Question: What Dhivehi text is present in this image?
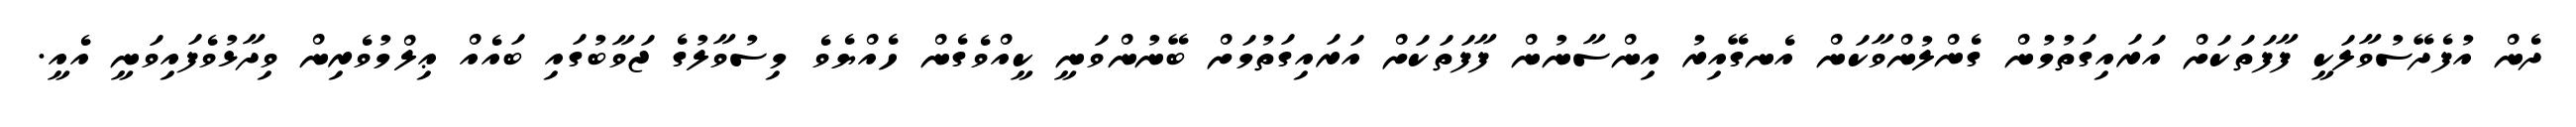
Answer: ދެން އުފެދޭސުވާލަކީ ފާފަތަކަށް އަރައިގަތުމުން ގެންލުންވާކަން އެނގޭއިރު އިންސާނުން ފާފަތަކަށް އަރައިގަތުމަށް ބޭނުންވަނީ ކީއްވެގެން ހެއްޔެވެ މިސުވާލުގެ ޖަވާބުގައި ބައެއް ޢިލްމުވެރިން ވިދާޅުވެފައިވަނީ އެއީ.